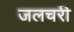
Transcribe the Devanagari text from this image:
जलचरी